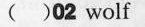
( )02wolf